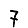
Digit: 7